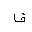
Letter: _fa